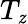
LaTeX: T_{\mathit{z}}